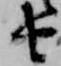
由